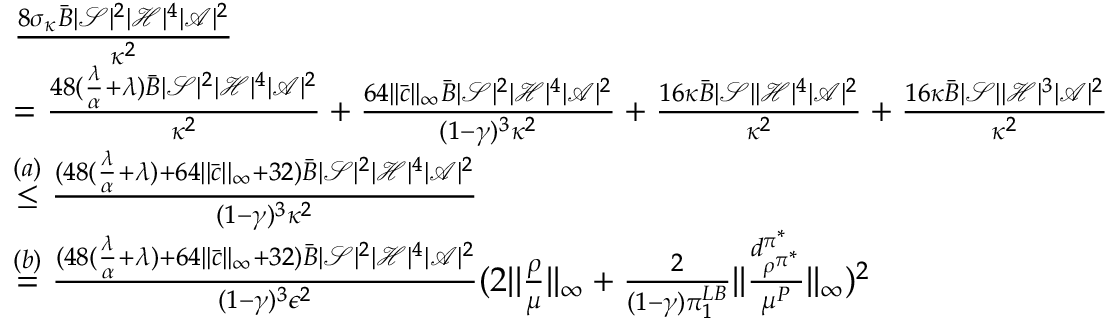
\begin{array} { r l } & { \frac { 8 \sigma _ { \kappa } \bar { B } | \mathcal { S } | ^ { 2 } | \mathcal { H } | ^ { 4 } | \mathcal { A } | ^ { 2 } } { \kappa ^ { 2 } } } \\ & { = \frac { 4 8 ( \frac { \lambda } { \alpha } + \lambda ) \bar { B } | \mathcal { S } | ^ { 2 } | \mathcal { H } | ^ { 4 } | \mathcal { A } | ^ { 2 } } { \kappa ^ { 2 } } + \frac { 6 4 | | \bar { c } | | _ { \infty } \bar { B } | \mathcal { S } | ^ { 2 } | \mathcal { H } | ^ { 4 } | \mathcal { A } | ^ { 2 } } { ( 1 - \gamma ) ^ { 3 } \kappa ^ { 2 } } + \frac { 1 6 \kappa \bar { B } | \mathcal { S } | | \mathcal { H } | ^ { 4 } | \mathcal { A } | ^ { 2 } } { \kappa ^ { 2 } } + \frac { 1 6 \kappa \bar { B } | \mathcal { S } | | \mathcal { H } | ^ { 3 } | \mathcal { A } | ^ { 2 } } { \kappa ^ { 2 } } } \\ & { \overset { ( a ) } { \le } \frac { ( 4 8 ( \frac { \lambda } { \alpha } + \lambda ) + 6 4 | | \bar { c } | | _ { \infty } + 3 2 ) \bar { B } | \mathcal { S } | ^ { 2 } | \mathcal { H } | ^ { 4 } | \mathcal { A } | ^ { 2 } } { ( 1 - \gamma ) ^ { 3 } \kappa ^ { 2 } } } \\ & { \overset { ( b ) } { = } \frac { ( 4 8 ( \frac { \lambda } { \alpha } + \lambda ) + 6 4 | | \bar { c } | | _ { \infty } + 3 2 ) \bar { B } | \mathcal { S } | ^ { 2 } | \mathcal { H } | ^ { 4 } | \mathcal { A } | ^ { 2 } } { ( 1 - \gamma ) ^ { 3 } \epsilon ^ { 2 } } ( 2 | | \frac { \rho } { \mu } | | _ { \infty } + \frac { 2 } { ( 1 - \gamma ) \pi _ { 1 } ^ { L B } } | | \frac { d _ { \rho ^ { \pi ^ { * } } } ^ { \pi ^ { * } } } { \mu ^ { P } } | | _ { \infty } ) ^ { 2 } } \end{array}